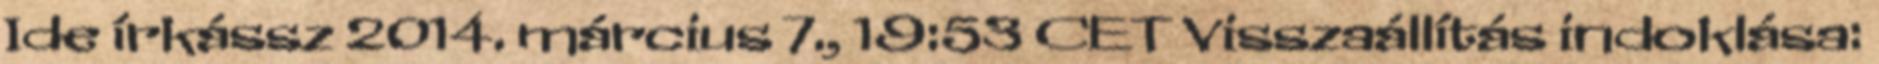
Ide írkássz 2014. március 7., 19:53 CET Visszaállítás indoklása: